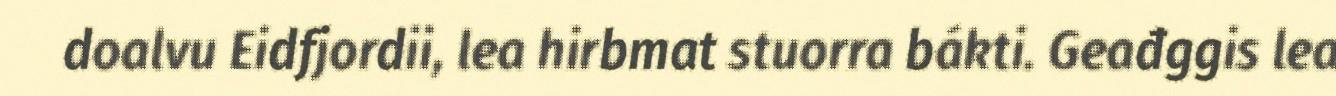
doalvu Eidfjordii, lea hirbmat stuorra bákti. Geađggis lea